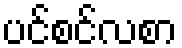
ပင်စင်လစာ